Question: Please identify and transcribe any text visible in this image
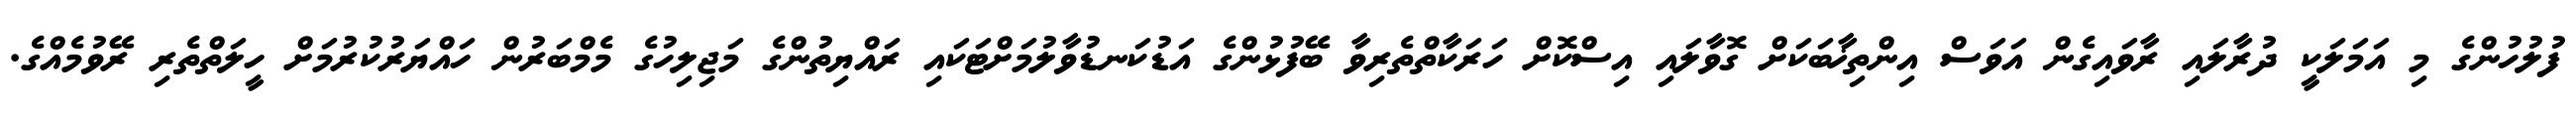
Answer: ފުލުހުންގެ މި އަމަލަކީ ދުރާލައި ރާވައިގެން އަވަސް އިންތިޚާބަކަށް ގޮވާލައި އިސްކޮށް ހަރަކާތްތެރިވާ ބޭފުޅުންގެ އަޑުކަނޑުވާލުމަށްޓަކައި ރައްޔިތުންގެ މަޖިލިހުގެ މެމްބަރުން ހައްޔަރުކުރުމަށް ހީލަތްތެރި ރޭވުމެއްގެ.